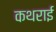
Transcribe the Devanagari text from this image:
कथराई